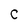
Character: c